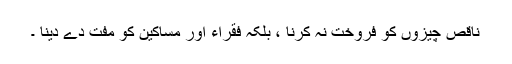
ناقص چیزوں کو فروخت نہ کرنا ، بلکہ فقراء اور مساکین کو مفت دے دینا ۔